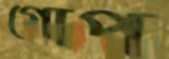
গোপ